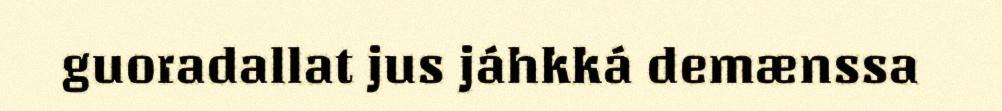
guoradallat jus jáhkká demænssa